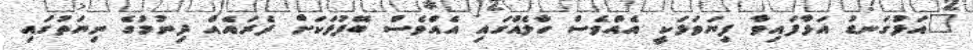
"އަޅުގަނޑު އަޅާފައިވާ ފިޔަވަޅަކީ އެއްވެސް ހާލެއްގައި އެއްވެސް ބޭފުޅަކަށް ދެރައެއް ދިނުމުގެ ނިޔަތުގައި